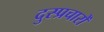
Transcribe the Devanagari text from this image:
दुस्प्रचारों